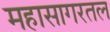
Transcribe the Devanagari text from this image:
महासागरतल